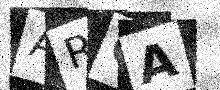
Text: ARCA